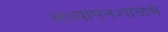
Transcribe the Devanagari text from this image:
अध्यापनशाळेचे